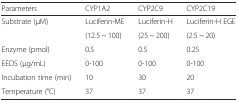
<table><thead><tr><td><b>Parameters</b></td><td><b>CYP1A2</b></td><td><b>CYP2C9</b></td><td><b>CYP2C19</b></td></tr></thead><tbody><tr><td>Substrate (μM)</td><td>Luciferin-ME</td><td>Luciferin-H</td><td>Luciferin-H EGE</td></tr><tr><td></td><td>(12.5 ~ 100)</td><td>(25 ~ 200)</td><td>(2.5 ~ 20)</td></tr><tr><td>Enzyme (pmol)</td><td>0.5</td><td>0.5</td><td>0.25</td></tr><tr><td>EEDS (μg/mL)</td><td>0-100</td><td>0-100</td><td>0-100</td></tr><tr><td>Incubation time (min)</td><td>10</td><td>30</td><td>20</td></tr><tr><td>Temperature (°C)</td><td>37</td><td>37</td><td>37</td></tr></tbody></table>